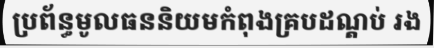
ប្រព័ន្ធមូលធននិយមកំពុងគ្របដណ្តប់ រង